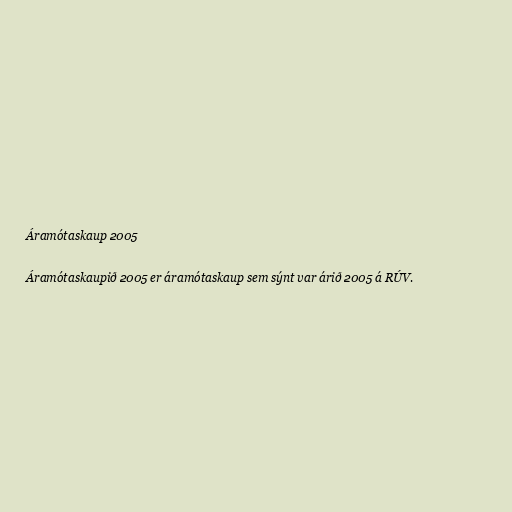
Áramótaskaup 2005

Áramótaskaupið 2005 er áramótaskaup sem sýnt var árið 2005 á RÚV.